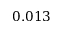
0 . 0 1 3